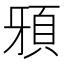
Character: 䪵